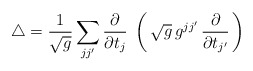
\begin{align*}\triangle={1\over \sqrt{g}}\sum_{jj'}{\partial\over\partial t_j}\;\left(\,\sqrt{g}\,g^{jj'}\,{\partial\over\partial t_{j'}}\,\right)\end{align*}